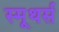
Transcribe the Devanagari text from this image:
स्मूथर्स